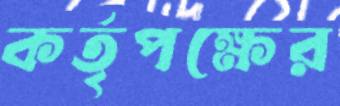
কর্তৃপক্ষের